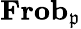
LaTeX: \mathbf{Frob}_{\mathfrak{p}}